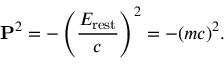
\mathbf { P } ^ { 2 } = - \left( { \frac { E _ { \mathrm { r e s t } } } { c } } \right) ^ { 2 } = - ( m c ) ^ { 2 } .